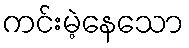
ကင်းမဲ့နေသော